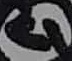
Text: 4